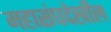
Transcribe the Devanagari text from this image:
महासंघदेखील